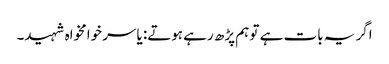
اگر یہ بات ہے تو ہم پڑھ رہے ہوتے: یاسر خوامخواہ شہید۔